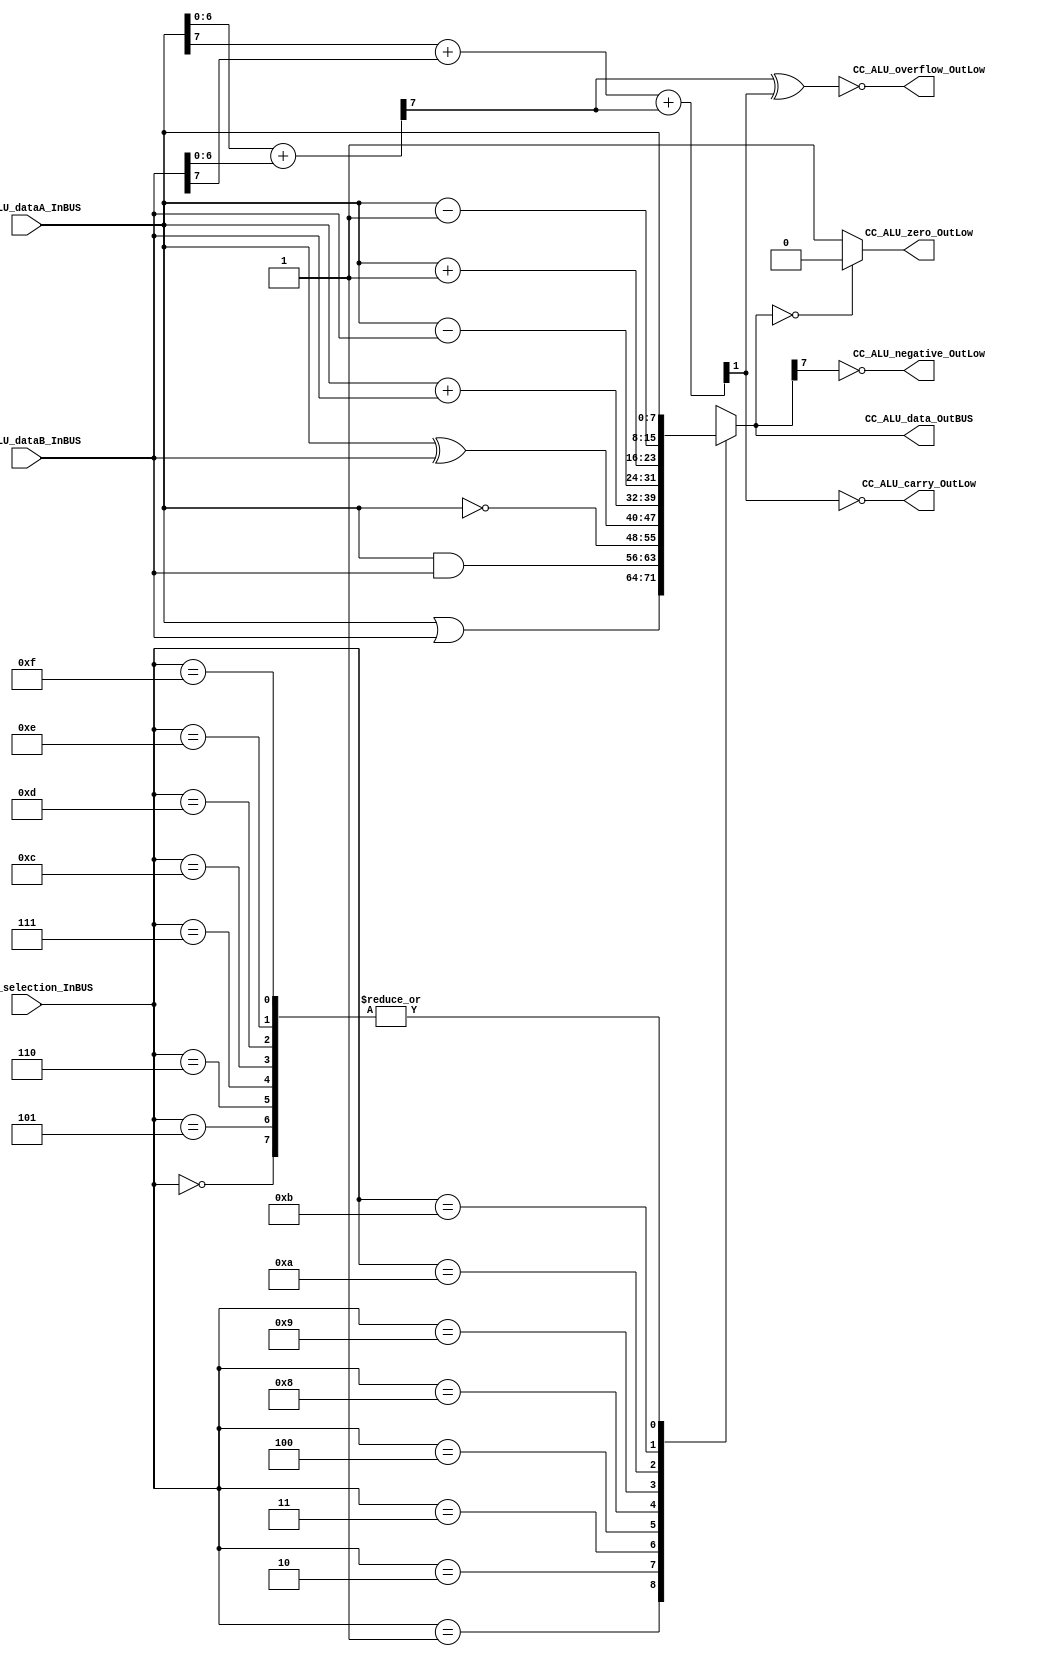
/*######################################################################
//#	G0B1T: HDL EXAMPLES. 2018.
//######################################################################
//# Copyright (C) 2018. F.E.Segura-Quijano (FES) fsegura@uniandes.edu.co
//# 
//# This program is free software: you can redistribute it and/or modify
//# it under the terms of the GNU General Public License as published by
//# the Free Software Foundation, version 3 of the License.
//#
//# This program is distributed in the hope that it will be useful,
//# but WITHOUT ANY WARRANTY; without even the implied warranty of
//# MERCHANTABILITY or FITNESS FOR A PARTICULAR PURPOSE.  See the
//# GNU General Public License for more details.
//#
//# You should have received a copy of the GNU General Public License
//# along with this program.  If not, see <http://www.gnu.org/licenses/>
//####################################################################*/
//=======================================================
//  MODULE Definition
//=======================================================
module CC_ALU #(parameter DATAWIDTH_BUS=8, parameter DATAWIDTH_ALU_SELECTION=4)(
	//////////// OUTPUTS //////////
	CC_ALU_overflow_OutLow,
	CC_ALU_carry_OutLow,
	CC_ALU_negative_OutLow,
	CC_ALU_zero_OutLow,
	CC_ALU_data_OutBUS,
	//////////// INPUTS //////////
	CC_ALU_dataA_InBUS,
	CC_ALU_dataB_InBUS,
	CC_ALU_selection_InBUS
);
//=======================================================
//  PARAMETER declarations
//=======================================================

//=======================================================
//  PORT declarations
//=======================================================
output 			CC_ALU_overflow_OutLow;
output 			CC_ALU_carry_OutLow;
output 			CC_ALU_negative_OutLow;
output 			CC_ALU_zero_OutLow;
output reg		[DATAWIDTH_BUS-1:0] CC_ALU_data_OutBUS;
input			[DATAWIDTH_BUS-1:0] CC_ALU_dataA_InBUS;
input			[DATAWIDTH_BUS-1:0] CC_ALU_dataB_InBUS;
input			[DATAWIDTH_ALU_SELECTION-1:0] CC_ALU_selection_InBUS;
//=======================================================
//  REG/WIRE declarations
//=======================================================
wire caover,cout;
wire [DATAWIDTH_BUS-2:0] addition0; // Variable usada para la operacin suma y para determinar las flags
wire addition1;		// Variable usada para la operacin suma y para determinar las flags
//=======================================================
//  Structural coding
//=======================================================
//INPUT LOGIC: COMBINATIONAL
always@(*)
begin
	case (CC_ALU_selection_InBUS)	
		4'b0000:  CC_ALU_data_OutBUS = CC_ALU_dataA_InBUS; 					//BUSA
		4'b0001:  CC_ALU_data_OutBUS = CC_ALU_dataA_InBUS | CC_ALU_dataB_InBUS;	//OR
		4'b0010:  CC_ALU_data_OutBUS = CC_ALU_dataA_InBUS & CC_ALU_dataB_InBUS;	//AND
		4'b0011:  CC_ALU_data_OutBUS = ~CC_ALU_dataA_InBUS;					//NOT
		4'b0100:  CC_ALU_data_OutBUS = CC_ALU_dataA_InBUS ^ CC_ALU_dataB_InBUS;	//XOR
		4'b0101:  CC_ALU_data_OutBUS = CC_ALU_dataA_InBUS;					//BUSA Can be other function
		4'b0110:  CC_ALU_data_OutBUS = CC_ALU_dataA_InBUS;					//BUSA Can be other function
		4'b0111:  CC_ALU_data_OutBUS = CC_ALU_dataA_InBUS;					//BUSA Can be other function

		4'b1000:  CC_ALU_data_OutBUS = CC_ALU_dataA_InBUS + CC_ALU_dataB_InBUS;	//ADD
		4'b1001:  CC_ALU_data_OutBUS = CC_ALU_dataA_InBUS - CC_ALU_dataB_InBUS;	//SUB
		4'b1010:  CC_ALU_data_OutBUS = CC_ALU_dataA_InBUS + 1'b1;				//INCREMENT A
		4'b1011:  CC_ALU_data_OutBUS = CC_ALU_dataA_InBUS - 1'b1;				//DECREMENT A
		4'b1100:  CC_ALU_data_OutBUS = CC_ALU_dataA_InBUS;					//BUSA Can be other function
		4'b1101:  CC_ALU_data_OutBUS = CC_ALU_dataA_InBUS;					//BUSA Can be other function
		4'b1110:  CC_ALU_data_OutBUS = CC_ALU_dataA_InBUS;					//BUSA Can be other function
		4'b1111:  CC_ALU_data_OutBUS = CC_ALU_dataA_InBUS;					//BUSA DO NOTHING!!!!!!!!		
		default :  CC_ALU_data_OutBUS = CC_ALU_dataA_InBUS; // channel 0 is selected
	endcase
end
//=======================================================
//  Outputs
//=======================================================
/*Flags*/
assign {caover,addition0[DATAWIDTH_BUS-2:0]}=CC_ALU_dataA_InBUS[DATAWIDTH_BUS-2:0] + CC_ALU_dataB_InBUS[DATAWIDTH_BUS-2:0]; 	// Determinacin de carry del bit nmero 7
assign {cout,addition1}= CC_ALU_dataA_InBUS[DATAWIDTH_BUS-1] + CC_ALU_dataB_InBUS[DATAWIDTH_BUS-1] + caover;	// Determinacin de la flag Carry y la suma de busA y busB
assign CC_ALU_zero_OutLow=(CC_ALU_data_OutBUS==8'b00000000) ? 1'b0 : 1'b1;	// Determinacin de la flag Zero
assign CC_ALU_carry_OutLow = ~cout;
assign CC_ALU_overflow_OutLow = ~ (caover ^ cout);		// Determinacin de la flag Ov a partir de la flag Carry y el carry del bit 7
assign CC_ALU_negative_OutLow = ~ (CC_ALU_data_OutBUS[DATAWIDTH_BUS-1]);	

endmodule